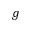
g